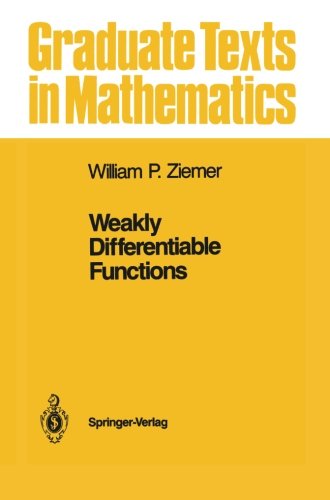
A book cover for Weakly Differentiable Functions: Sobolev Spaces and Functions of Bounded Variation (Graduate Texts in Mathematics); William P. Ziemer; Science & Math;